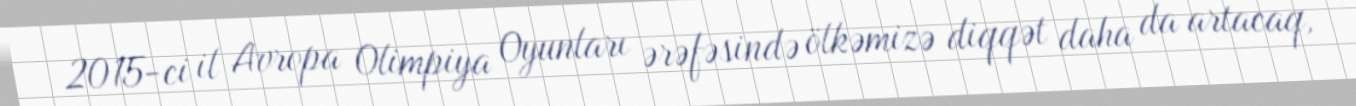
2015-ci il Avropa Olimpiya Oyunları ərəfəsində ölkəmizə diqqət daha da artacaq,